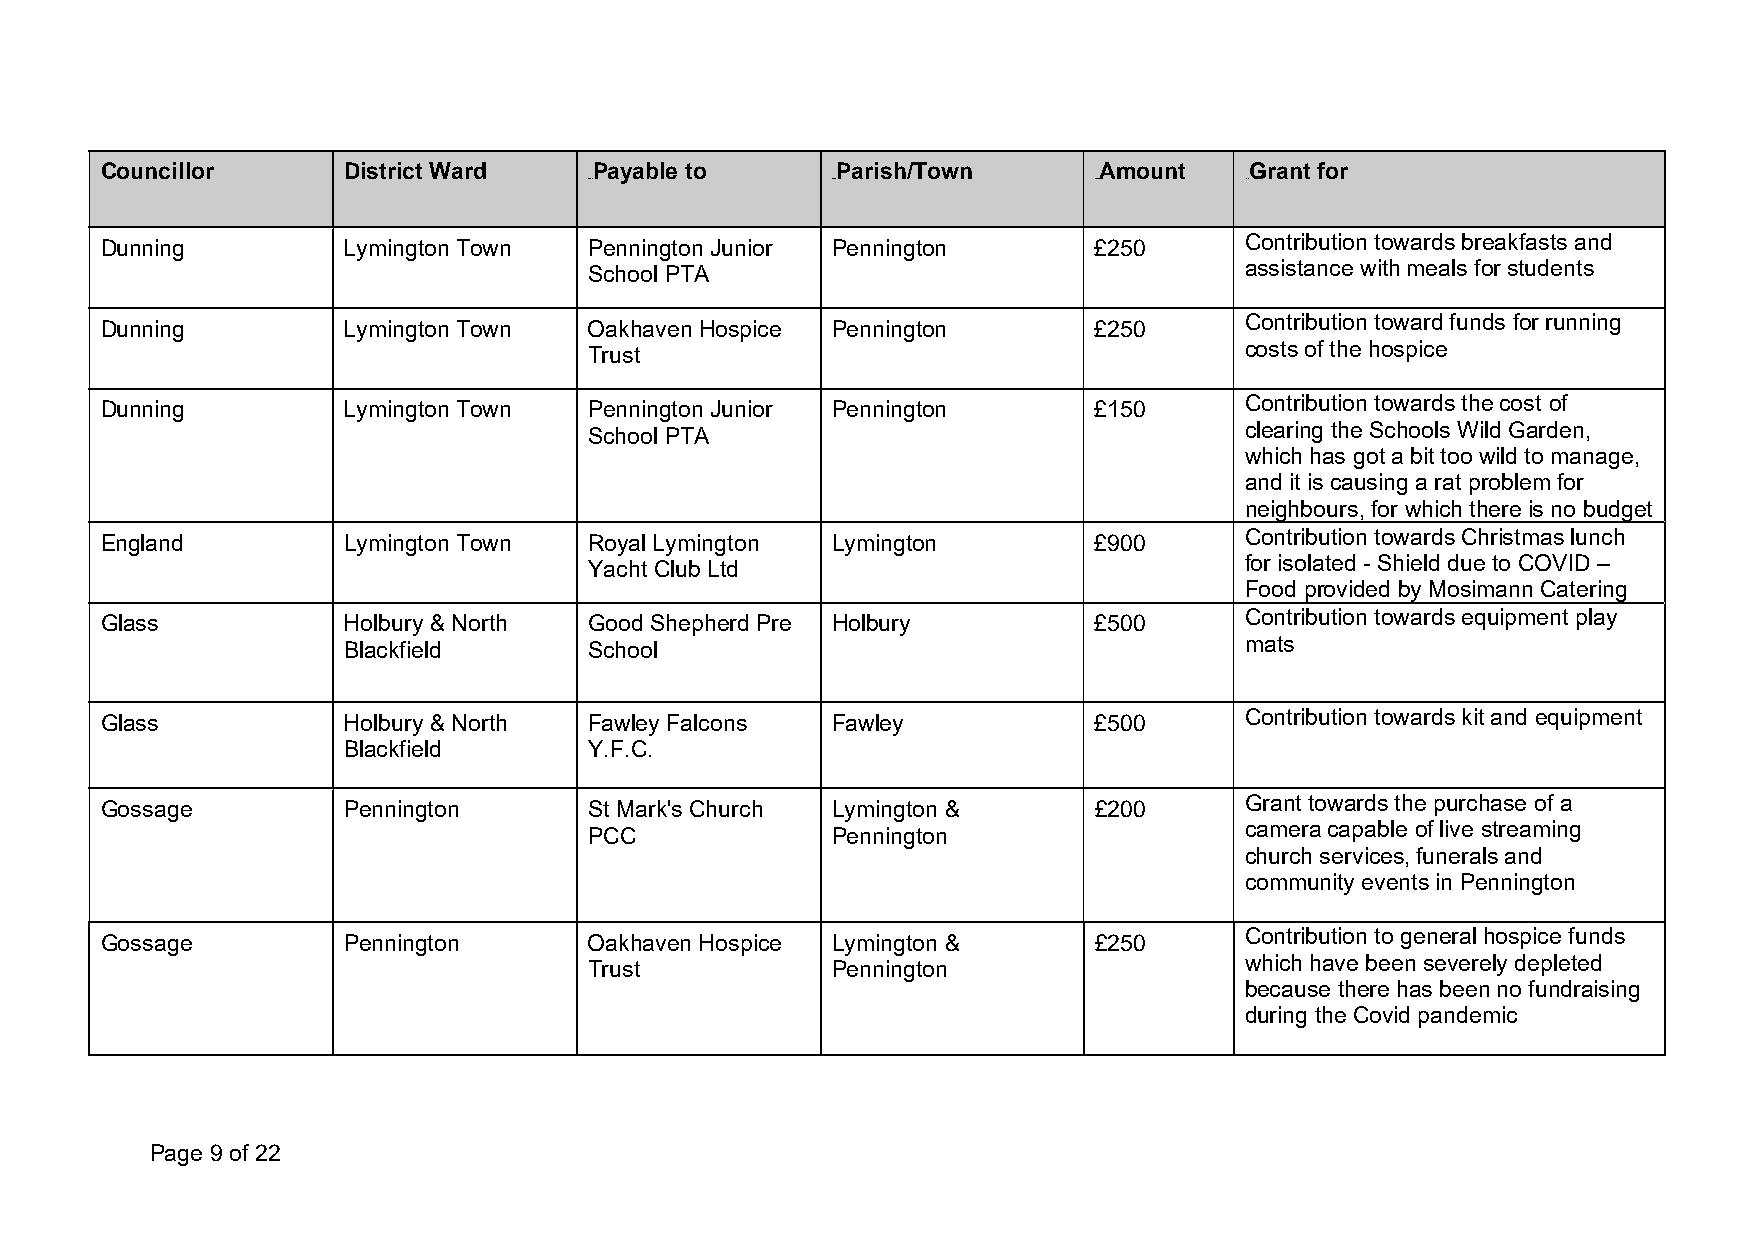
Councillor      District Ward   Payable to      Parish/Town       Amount    Grant for
 0B0B            1B1B             2B2B      3B3B
 Dunning         Lymington Town  Pennington Junior Pennington     £250      Contribution towards breakfasts and
 School PTA                                 assistance with meals for students
 Dunning         Lymington Town  Oakhaven Hospice Pennington      £250      Contribution toward funds for running
 Trust                                      costs of the hospice
 Dunning         Lymington Town  Pennington Junior Pennington     £150      Contribution towards the cost of
 School PTA                                 clearing the Schools Wild Garden,
 which has got a bit too wild to manage,
 and it is causing a rat problem for
 neighbours, for which there is no budget
 England         Lymington Town  Royal Lymington Lymington        £900      Contribution towards Christmas lunch
 Yacht Club Ltd                             for isolated - Shield due to COVID –
 Food provided by Mosimann Catering
 Glass           Holbury & North Good Shepherd Pre Holbury        £500      Contribution towards equipment play
 Blackfield      School                                     mats
 Glass           Holbury & North Fawley Falcons  Fawley           £500      Contribution towards kit and equipment
 Blackfield      Y.F.C.
 Gossage         Pennington      St Mark's Church Lymington &     £200      Grant towards the purchase of a
 PCC             Pennington                 camera capable of live streaming
 church services, funerals and
 community events in Pennington
 Gossage         Pennington      Oakhaven Hospice Lymington &     £250      Contribution to general hospice funds
 Trust           Pennington                 which have been severely depleted
 because there has been no fundraising
 during the Covid pandemic
 Page 9 of 22